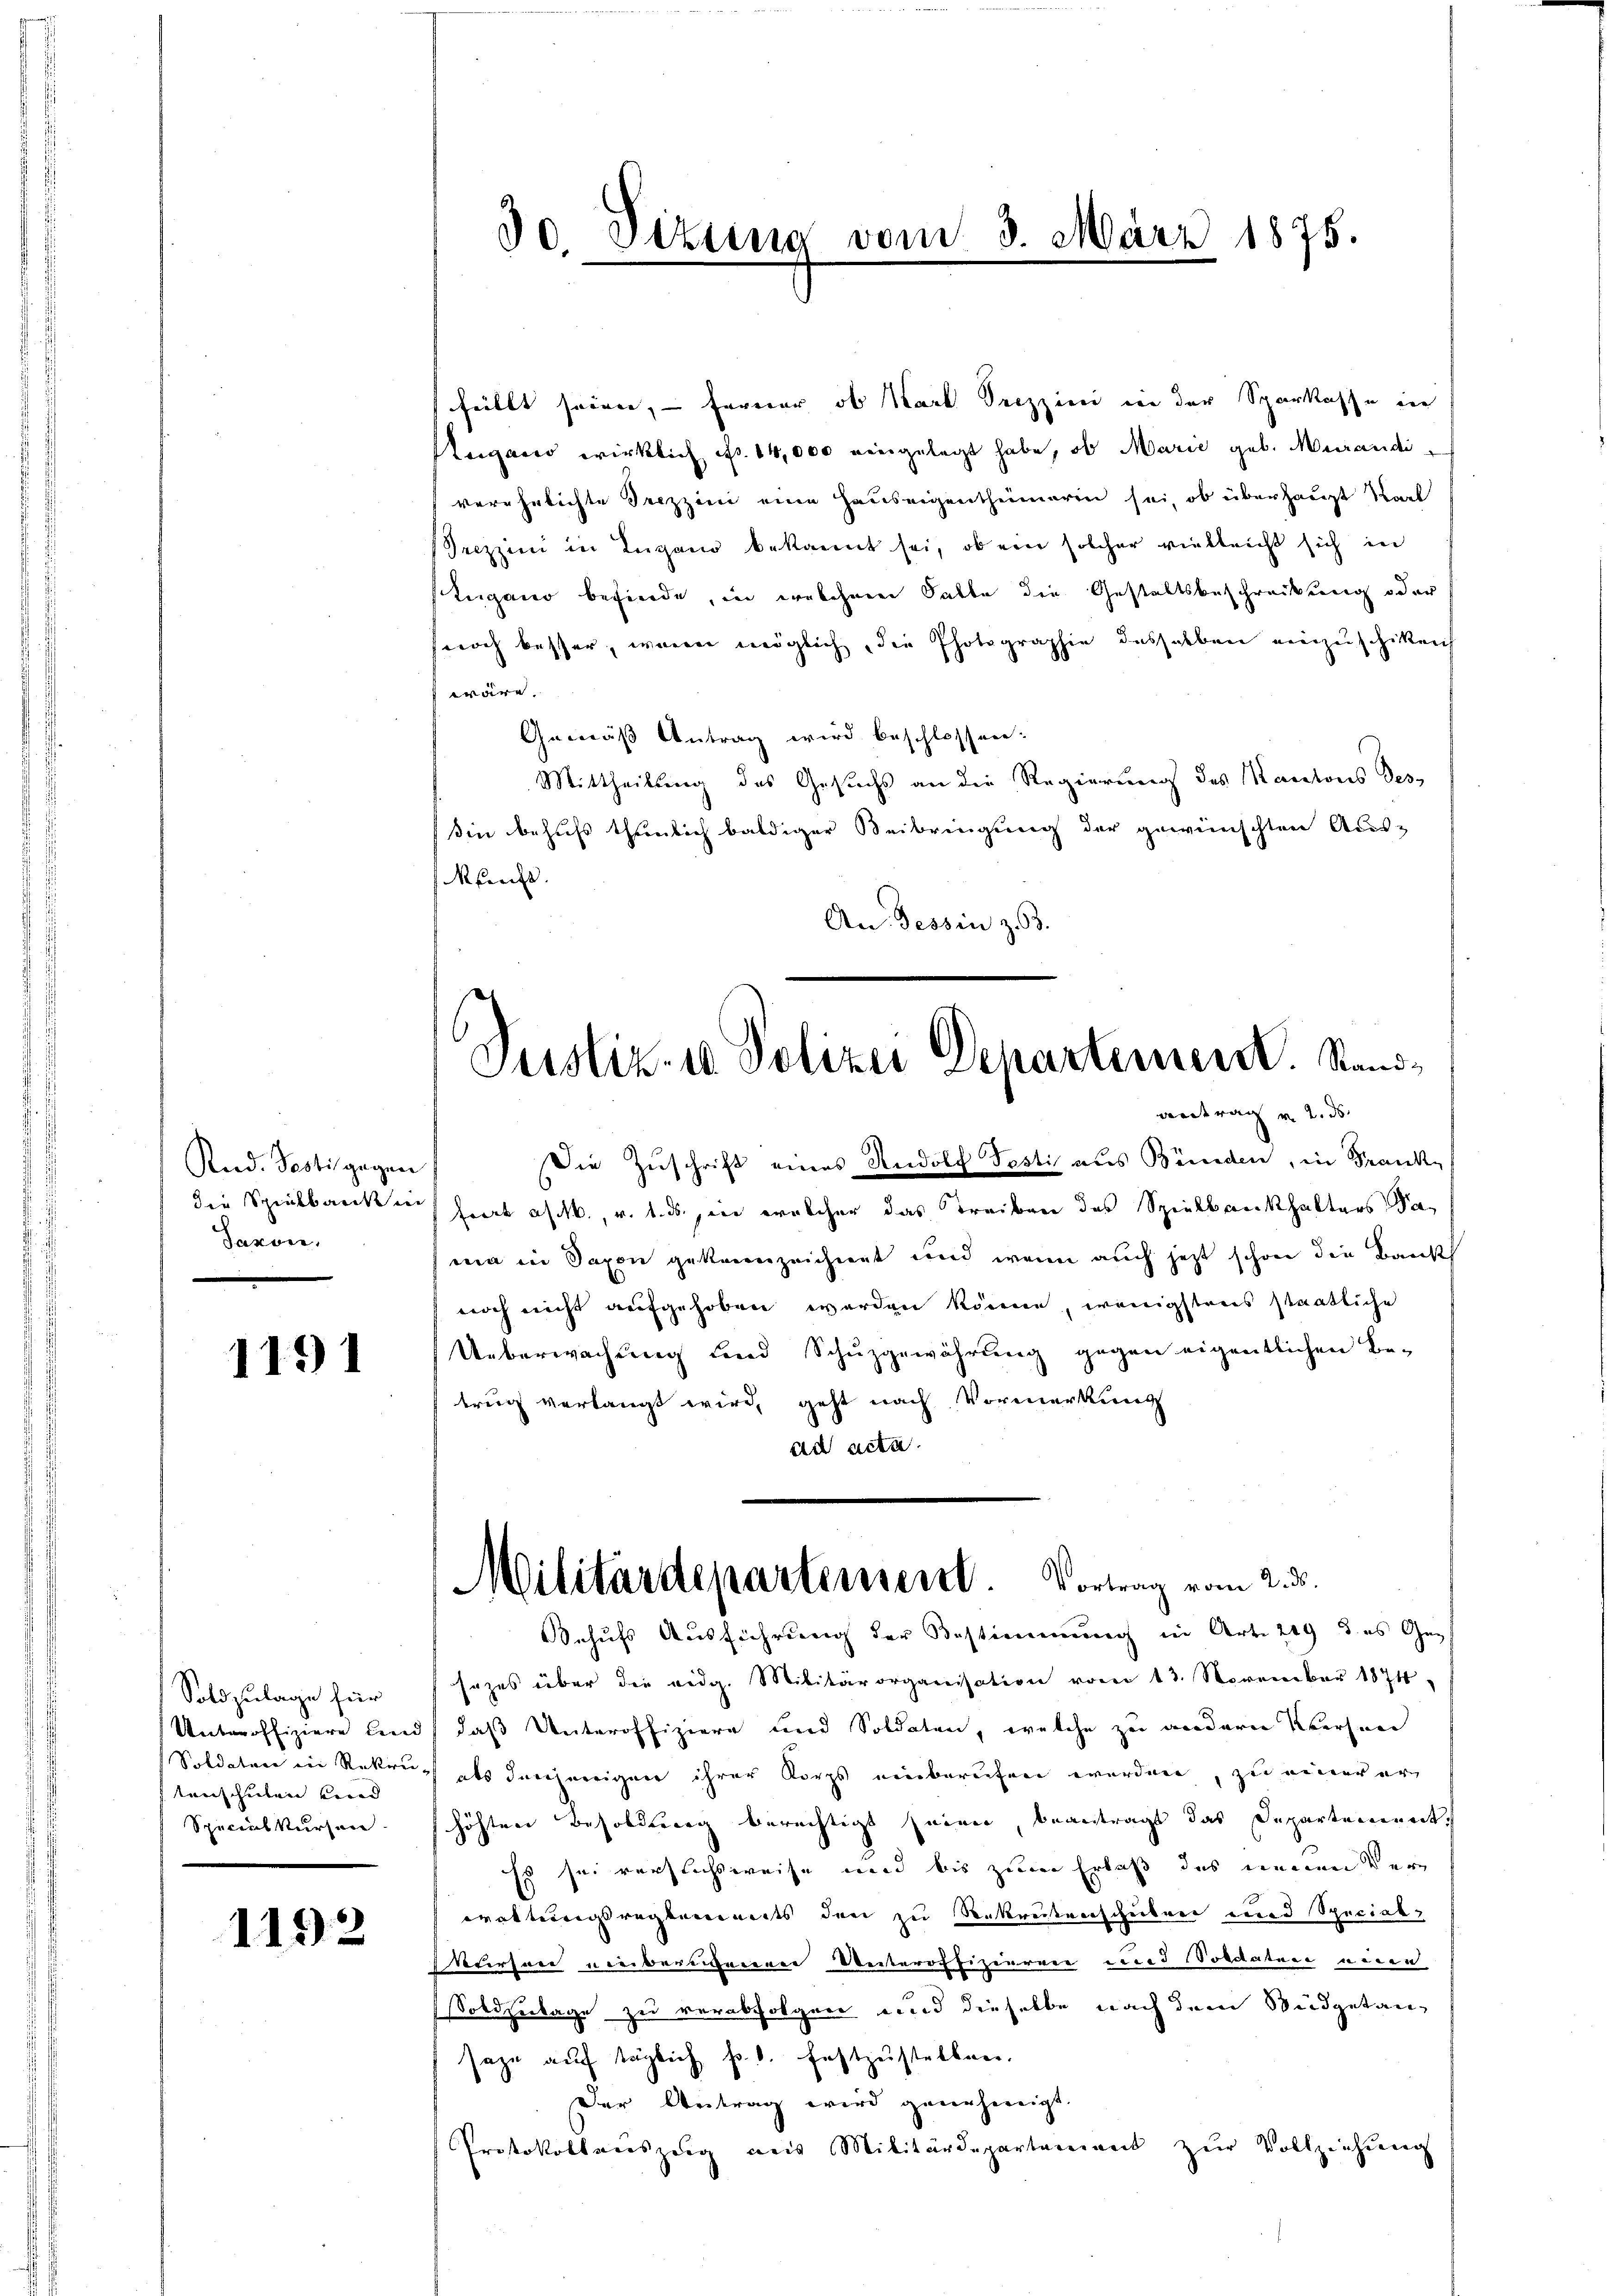
Red. Posti gegen
die Spielbank in
Saxon,

1191

Soldzulage für
Unteroffiziere und
Soldature in Rekru
tanschieben kann
Spicielkursen.

1192

3o Sizung vom 3. März 1875.

.
Justiz- u Polizei Departement. Rand¬
Antrag v. 2. ds.

füllt seien, – ferner ob Karl Seczzini in der Sparkasse in
eigano wirklich No. 14,000 eingelegt habe, ob Marie geb. Merandiverehelichte Trezzini eine Hauseigenthümerin sei, ob überhaupt Karl
Seczzini in Lugano bekannt sei, ob ein solcher vielleicht sich in
Lugano befinde, in welchenen Gatte die Gestaltsbeschreckung oder
noch besser, waren möglich, die Photographie deshalben einzuschiken
wäre.
Gemäß Antrag wird beschlossen:
Mittheilung des Gesuchs an die Regierung des Kantons des
in behufs thunlich baldiger Beibringung der gewünschten Aus-
reift.
An. Tessin z. 63.
Die Zuschrift eines Rudolf Testi aus Bünden, in Frank¬
Frert a/M., v. 1. ds., in welcher das Treiben des Spielbankhalters dama in Saxon gekennzeichnet und wenn auch jetzt schon die Bank
noch nicht aufgehoben werden könne, wenigstens staatliche
Ueberwachung und Schuzgewährung gegen eigentlichen Be-
trug verlangt wird, geht nach Vormerkung
ad acta.
Militärdepartensent. Vortrag vom 2. ds.
Behufs Ausführung der Bestimmung in Art. 219 des Geg
sezes über die eidg. Militärorganisation vom 13. November 1874
daß Unteroffiziere und Soldaten, welche zu andern Versen
als denjenigen ihrer Korps einberufen werden, zu einer er
höhten Besoldung berechtigt seien, beantragt das Departement,
Es sei verflichsweise und bis zum Erlaß das neuen Ver¬
Bratterungsreglements den zu Rekrutenschulrei und Special-
vurten einberienen Unteroffizieren und Nordature einen
Soldzertage zu verabfolgen und dieselbe nach dem Budgetansage auf täglich Fr. 6. Festzustellen.
Der Antrag wird genehmigt.
Protokollenszeig aus Militärdepartement zŭr Vollziehung